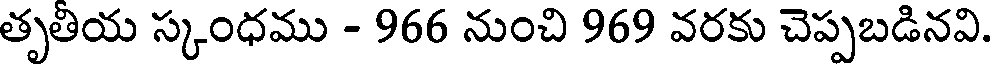
తృతియ స్కంధము - 966 నుంచి 969 వరకు చెప్పబడినవి.